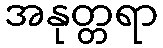
အနုတ္တရာ